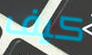
كيف